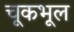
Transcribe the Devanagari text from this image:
चूकभूल